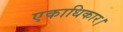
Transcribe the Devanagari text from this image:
एकाधिकार।